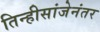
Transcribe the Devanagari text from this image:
तिन्हीसांजेनंतर